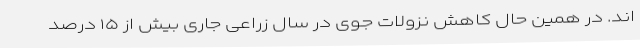
اند. در همین حال کاهش نزولات جوی در سال زراعی جاری بیش از ۱۵ درصد